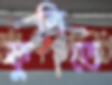
ফুলিতে